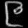
Digit: ၉